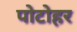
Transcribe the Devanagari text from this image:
पोटोहर